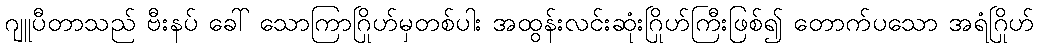
ဂျူပီတာသည် ဗီးနပ် ခေါ် သောကြာဂြိုဟ်မှတစ်ပါး အထွန်းလင်းဆုံးဂြိုဟ်ကြီးဖြစ်၍ တောက်ပသော အရံဂြိုဟ်